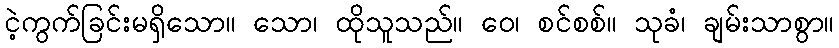
ငဲ့ကွက်ခြင်းမရှိသော။ သော၊ ထိုသူသည်။ ဝေ၊ စင်စစ်။ သုခံ၊ ချမ်းသာစွာ။